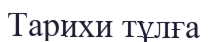
Тарихи тұлға